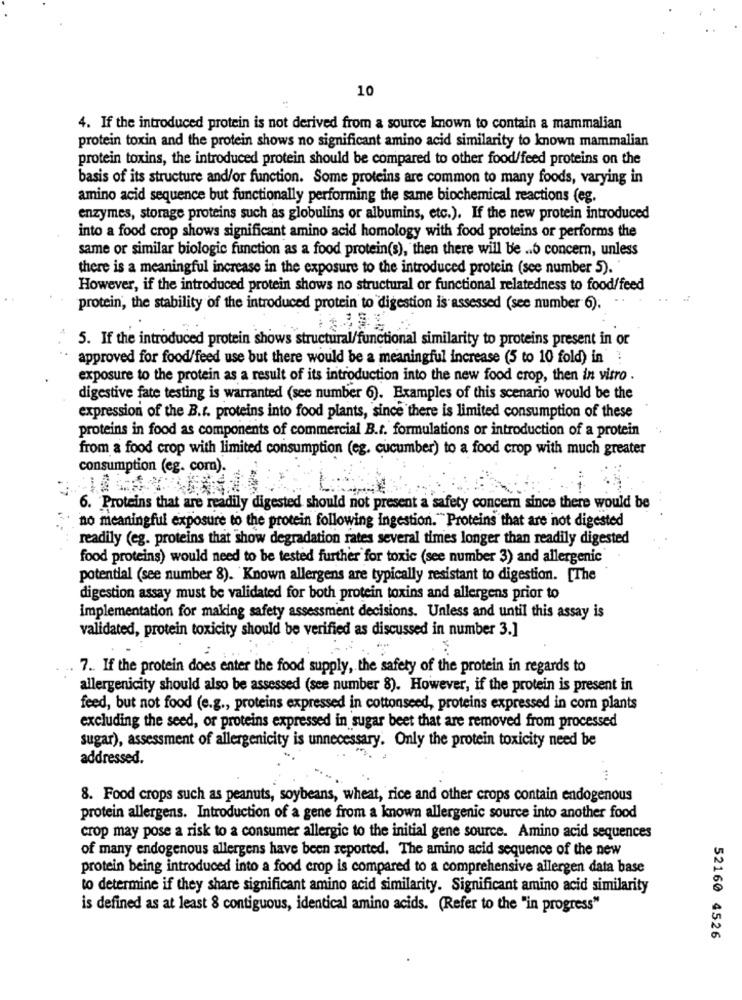
10
4. If the introduced protein is not derived from a source known to contain a mammalian
protein toxin and the protein shows no significant amino acid similarity to known mammalian
protein toxins, the introduced protein should be compared to other food/feed proteins on the
basis of its structure and/or function. Some proteins are common to many foods, varying in
amino acid sequence but functionally performing the same biochemical reactions (eg.
enzymes, storage proteins such as globulins or albumins, etc.). If the new protein introduced
into a food crop shows significant amino acid homology with food proteins or performs the
same or similar biologie function as a food protein(s), then there will be .. 6 concern, unless
there is a meaningful increase in the exposure to the introduced protein (see number 5).
However, if the introduced protein shows no structural or functional relatedness to food/feed
protein, the stability of the introduced protein to digestion is assessed (see number 6).
5. If the introduced protein shows structural/functional similarity to proteins present in or
approved for food/feed use but there would be a meaningful increase (5 to 10 fold) in" ?
exposure to the protein as a result of its introduction into the new food crop, then in vitro .
digestive fate testing is warranted (see number 6). Examples of this scenario would be the
expression of the B.r. proteins into food plants, since there is limited consumption of these
proteins in food as components of commercial B.t. formulations or introduction of a protein
from a food crop with limited consumption (eg. cucumber) to a food crop with much greater
consumption (eg. com).
6. Proteins that are readily digested should not present a safety concern since there would be
no meaningful exposure to the protein following ingestion. "Proteins that are not digested
readily (eg. proteins that show degradation rates several times longer than readily digested
food proteins) would need to be tested further for toxic (see number 3) and allergenic
potential (see number 8). Known allergens are typically resistant to digestion. [The
digestion assay must be validated for both protein toxins and allergens prior to
implementation for making safety assessment decisions. Unless and until this assay is
validated, protein toxicity should be verified as discussed in number 3.]
7 .. If the protein does enter the food supply, the safety of the protein in regards to
allergenicity should also be assessed (see number 8). However, if the protein is present in
feed, but not food (e.g ., proteins expressed in cottonseed, proteins expressed in com plants
excluding the seed, or proteins expressed in sugar beet that are removed from processed
sugar), assessment of allergenicity is unnecessary. Only the protein toxicity need be
addressed.
8. Food crops such as peanuts, soybeans, wheat, rice and other crops contain endogenous
protein allergens. Introduction of a gene from a known allergenic source into another food
crop may pose a risk to a consumer allergic to the initial gene source. Amino acid sequences
of many endogenous allergens have been reported. The amino acid sequence of the new
protein being introduced into a food crop is compared to a comprehensive allergen data base
to determine if they share significant amino acid similarity. Significant amino acid similarity
is defined as at least 8 contiguous, identical amino acids. (Refer to the "in progress"
52160 4526